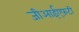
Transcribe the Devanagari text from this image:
जीआईएफ़टी